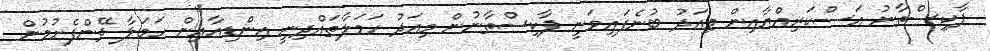
ޕާކިސްތާނު އަސްކަރިއްޔާއިން މިއަދު ބުނެފައިވަނީ ޕާކިސްތާނުން މިއަދު ހަމަލާތައްދިނީ އިންޑިއާއިން ހަމަލާ ދޭންފެށުމުން